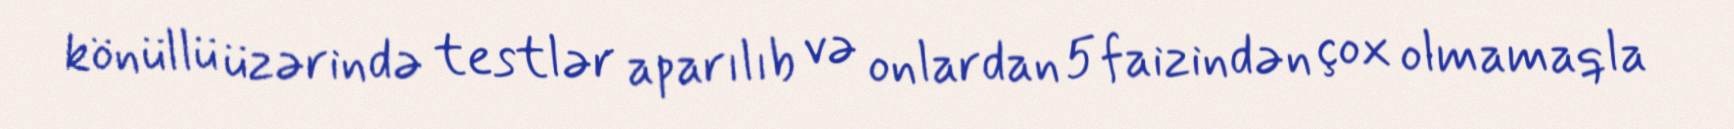
könüllü üzərində testlər aparılıb və onlardan 5 faizindən çox olmamaqla